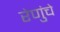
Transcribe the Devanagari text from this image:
रेणुंचे